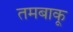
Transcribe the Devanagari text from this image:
तमबाकू